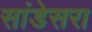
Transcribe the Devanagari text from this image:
सांडेसरा